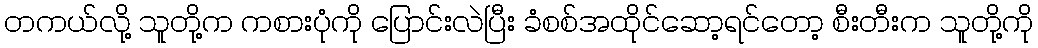
တကယ်လို့ သူတို့က ကစားပုံကို ပြောင်းလဲပြီး ခံစစ်အထိုင်ဆော့ရင်တော့ စီးတီးက သူတို့ကို